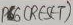
Text: RESET